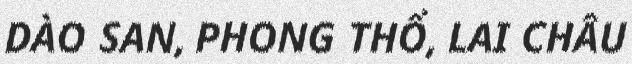
DÀO SAN, PHONG THỔ, LAI CHÂU